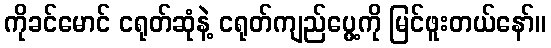
ကိုခင်မောင် ငရုတ်ဆုံနဲ့ ငရုတ်ကျည်ပွေ့ကို မြင်ဖူးတယ်နော်။